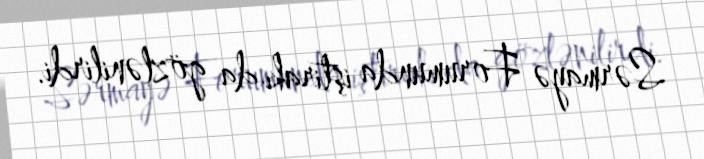
Sərmayə Forumunda iştirakı da gözlənilirdi.